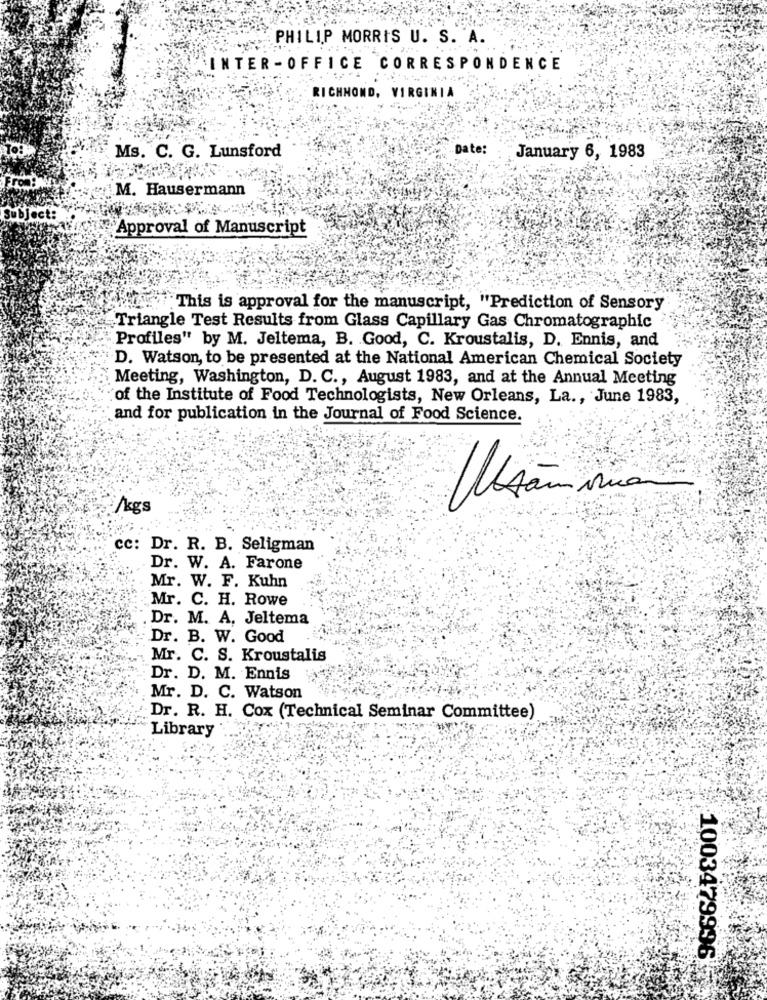
PHILIP MORRIS U. S. A.
INTER-OFFICE CORRESPONDENCE
RICHMOND, VIRGINIA
Date:
Ms. C. G. Lunsford
January 6, 1983
M. Hausermann
Subject:
Approval of Manuscript
"This is approval for the manuscript, "Prediction of Sensory
Triangle Test Results from Glass Capillary Gas Chromatographic
Profiles" by M. Jeltema, B. Good, C. Kroustalis, D. Ennis, and
D. Watson, to be presented at the National American Chemical Society
Meeting, Washington, D. C ., August 1983, and at the Annual Meeting
of the Institute of Food Technologists, New Orleans, La ., June 1983,
and for publication in the Journal of Food Science.
/kgs
Wsamma
cc: Dr. R. B. Seligman
Dr. W. A. Farone
Mr. W. F. Kuhn
Mr. C. H. Rowe
Dr. M. A. Jeltema
Dr. B. W. Good
Mr. C. S. Kroustalis
Dr. D. M. Ennis
Mr. D. C. Watson
Dr. R. H. Cox (Technical Seminar Committee)
Library
1003479996